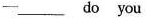
-____ do you